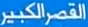
القصر الكبير